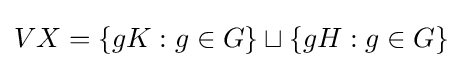
VX=\{gK:g\in G\}\sqcup \{gH:g\in G\}